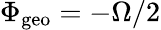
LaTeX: \Phi_{\mathrm{geo}}=-\Omega/2